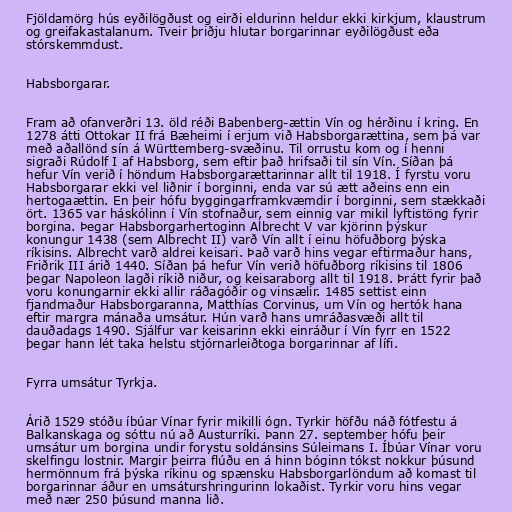
Fjöldamörg hús eyðilögðust og eirði eldurinn heldur ekki kirkjum, klaustrum
og greifakastalanum. Tveir þriðju hlutar borgarinnar eyðilögðust eða
stórskemmdust.

Habsborgarar.

Fram að ofanverðri 13. öld réði Babenberg-ættin Vín og hérðinu í kring. En
1278 átti Ottokar II frá Bæheimi í erjum við Habsborgarættina, sem þá var
með aðallönd sín á Württemberg-svæðinu. Til orrustu kom og í henni
sigraði Rúdolf I af Habsborg, sem eftir það hrifsaði til sín Vín. Síðan þá
hefur Vín verið í höndum Habsborgarættarinnar allt til 1918. Í fyrstu voru
Habsborgarar ekki vel liðnir í borginni, enda var sú ætt aðeins enn ein
hertogaættin. En þeir hófu byggingarframkvæmdir í borginni, sem stækkaði
ört. 1365 var háskólinn í Vín stofnaður, sem einnig var mikil lyftistöng fyrir
borgina. Þegar Habsborgarhertoginn Albrecht V var kjörinn þýskur
konungur 1438 (sem Albrecht II) varð Vín allt í einu höfuðborg þýska
ríkisins. Albrecht varð aldrei keisari. Það varð hins vegar eftirmaður hans,
Friðrik III árið 1440. Síðan þá hefur Vín verið höfuðborg ríkisins til 1806
þegar Napoleon lagði ríkið niður, og keisaraborg allt til 1918. Þrátt fyrir það
voru konungarnir ekki allir ráðagóðir og vinsælir. 1485 settist einn
fjandmaður Habsborgaranna, Matthías Corvinus, um Vín og hertók hana
eftir margra mánaða umsátur. Hún varð hans umráðasvæði allt til
dauðadags 1490. Sjálfur var keisarinn ekki einráður í Vín fyrr en 1522
þegar hann lét taka helstu stjórnarleiðtoga borgarinnar af lífi.

Fyrra umsátur Tyrkja.

Árið 1529 stóðu íbúar Vínar fyrir mikilli ógn. Tyrkir höfðu náð fótfestu á
Balkanskaga og sóttu nú að Austurríki. Þann 27. september hófu þeir
umsátur um borgina undir forystu soldánsins Súleimans I. Íbúar Vínar voru
skelfingu lostnir. Margir þeirra flúðu en á hinn bóginn tókst nokkur þúsund
hermönnum frá þýska ríkinu og spænsku Habsborgarlöndum að komast til
borgarinnar áður en umsáturshringurinn lokaðist. Tyrkir voru hins vegar
með nær 250 þúsund manna lið.